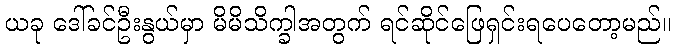
ယခု ဒေါ်ခင်ဦးနွယ်မှာ မိမိသိက္ခါအတွက် ရင်ဆိုင်ဖြေရှင်းရပေတော့မည်။